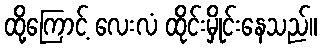
ထို့ကြောင့် လေးလံ ထိုင်းမှိုင်းနေသည်။